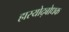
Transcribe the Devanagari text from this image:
हास्योद्बोधक